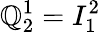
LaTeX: \mathbb{Q}_{2}^{1}=I_{1}^{2}